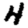
Digit: 4